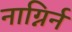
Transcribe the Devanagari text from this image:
नाग्निर्न